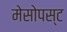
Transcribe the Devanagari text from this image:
मेसोपस्ट